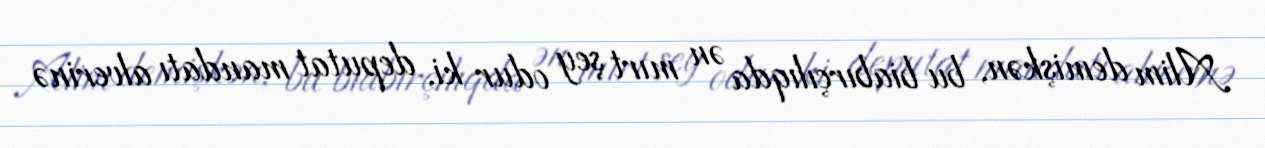
Alim demişkən, bu biabırçılıqda ən mırt şey odur ki, deputat mandatı alverinə